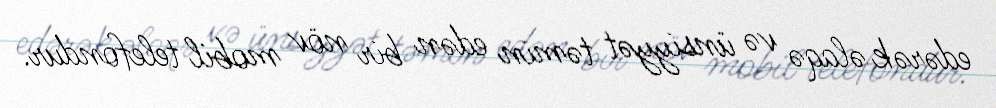
edərək əlaqə və ünsiyyət təmin edən bir növ mobil telefondur.